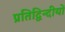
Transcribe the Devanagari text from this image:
प्रतिद्विन्दीयों